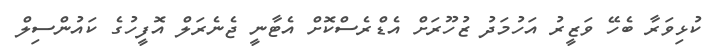
ކުޅިވަރާ ބެހޭ ވަޒީރު އަހުމަދު ޒުހޫރަށް އެޑްރެސްކޮށް އެޓާނީ ޖެނެރަލް އޮފީހުގެ ކައުންސިލް